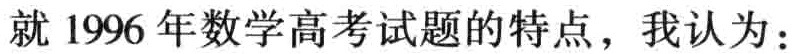
就 1996 年数学高考试题的特点，我认为：